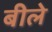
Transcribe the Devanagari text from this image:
बीले